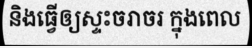
និងធ្វើឲ្យស្ទះចរាចរ ក្នុងពេល